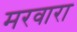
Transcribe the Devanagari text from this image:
मरवारा